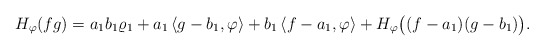
\begin{align*} H_\varphi(fg) = a_1b_1\varrho_1 + a_1\left\langle g-b_1,\varphi \right\rangle + b_1\left\langle f-a_1,\varphi\right\rangle + H_\varphi\big((f-a_1)(g-b_1)\big).\end{align*}